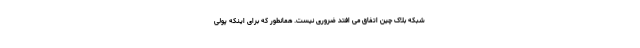
شبکه بلاک چین اتفاق می افتد ضروری نیست. همانطور که برای اینکه پولی